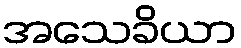
အသေခိယာ